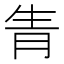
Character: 𤯝